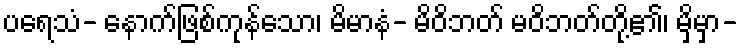
ပရေသံ- နောက်ဖြစ်ကုန်သော၊ မိမာနံ- မိဝိဘတ် မဝိဘတ်တို့၏၊ မှိမှာ-